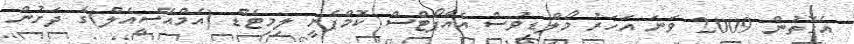
އެގޮތުން 2009 ވަނަ އަހަރު މޯލްޑިވުސް އެއާޕޯޓްސް ކޮމްޕެނީ ލިމިޓެޑް (އެމްއޭސީއެލް)ގެ ދަށުން